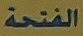
الفتحة